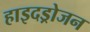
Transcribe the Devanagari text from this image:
हाइदड्रोजन